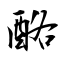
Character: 酪